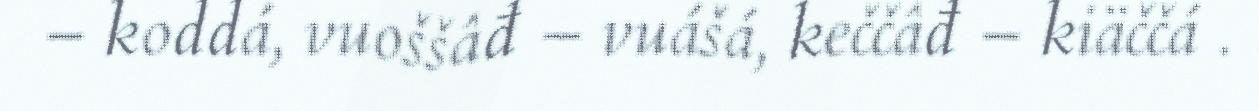
– koddá, vuoššâđ – vuášá, keččâđ – kiäččá .